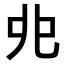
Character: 𠑹